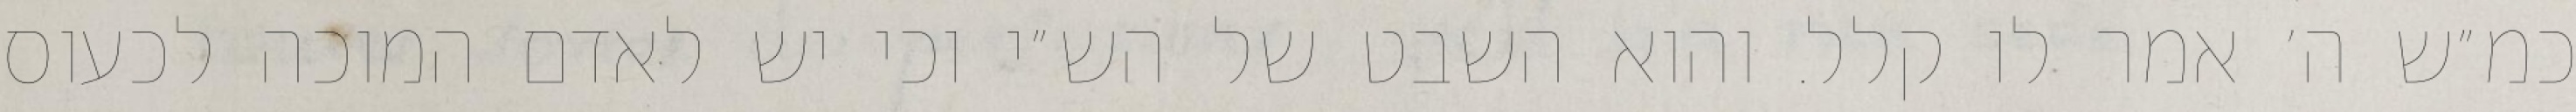
כמ״ש ה׳ אמר לו קלל. והוא השבט של הש״י וכי יש לאדם המוכה לכעוס